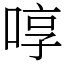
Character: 啍